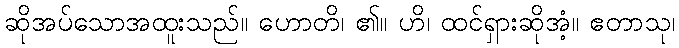
ဆိုအပ်သောအထူးသည်။ ဟောတိ၊ ၏။ ဟိ၊ ထင်ရှားဆိုအံ့။ ဧတာသု၊